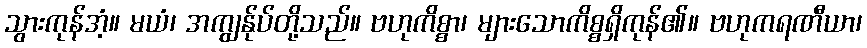
သွားကုန်အံ့။ မယံ၊ အကျွန်ုပ်တို့သည်။ ဗဟုကိစ္စာ၊ များသောကိစ္စရှိကုန်၏။ ဗဟုကရဏီယာ၊